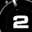
Digit: 2